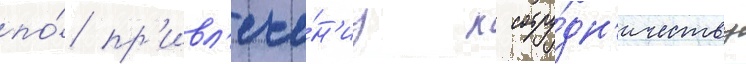
по́ пр'ивл'ече́н'иу к сотру́дн'ичеству